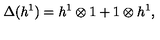
\Delta ( h ^ { 1 } ) = h ^ { 1 } \otimes 1 + 1 \otimes h ^ { 1 } ,